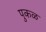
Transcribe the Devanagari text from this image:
पुकळ